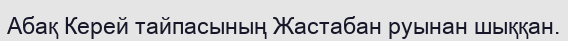
Абақ Керей тайпасының Жастабан руынан шыққан.